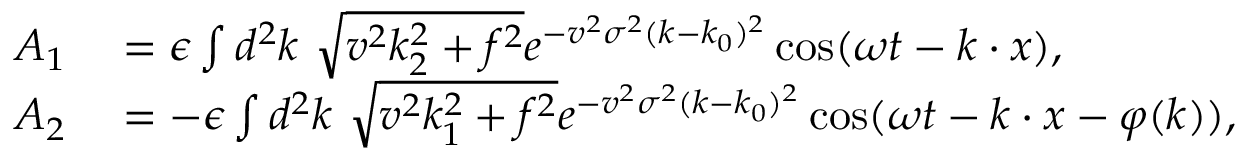
\begin{array} { r l } { A _ { 1 } } & { { } = \epsilon \int d ^ { 2 } k \ { \sqrt { v ^ { 2 } k _ { 2 } ^ { 2 } + f ^ { 2 } } } e ^ { - v ^ { 2 } \sigma ^ { 2 } ( k - k _ { 0 } ) ^ { 2 } } \cos ( \omega t - k \cdot x ) , } \\ { A _ { 2 } } & { { } = - \epsilon \int d ^ { 2 } k \ { \sqrt { v ^ { 2 } k _ { 1 } ^ { 2 } + f ^ { 2 } } } e ^ { - v ^ { 2 } \sigma ^ { 2 } ( k - k _ { 0 } ) ^ { 2 } } \cos ( \omega t - k \cdot x - \varphi ( k ) ) , } \end{array}